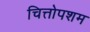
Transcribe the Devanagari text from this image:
चित्तोपशम